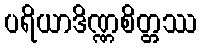
ပရိယာဒိဏ္ဏစိတ္တဿ